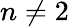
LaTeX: n\neq 2